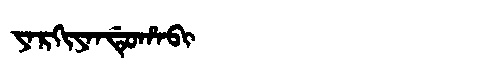
Manchu: ᠶᠠᡵᡴᡳᠶᠠᠨᡩᡠᡥᠠᠪᡳ
Romanization: YARKIYANDUHABI